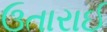
ઉતારાઈ